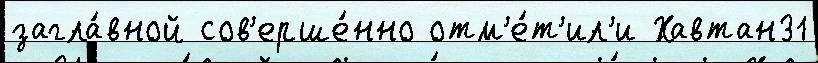
загла́вной сов'ерше́нно отм'е́т'ил'и Хавтан31